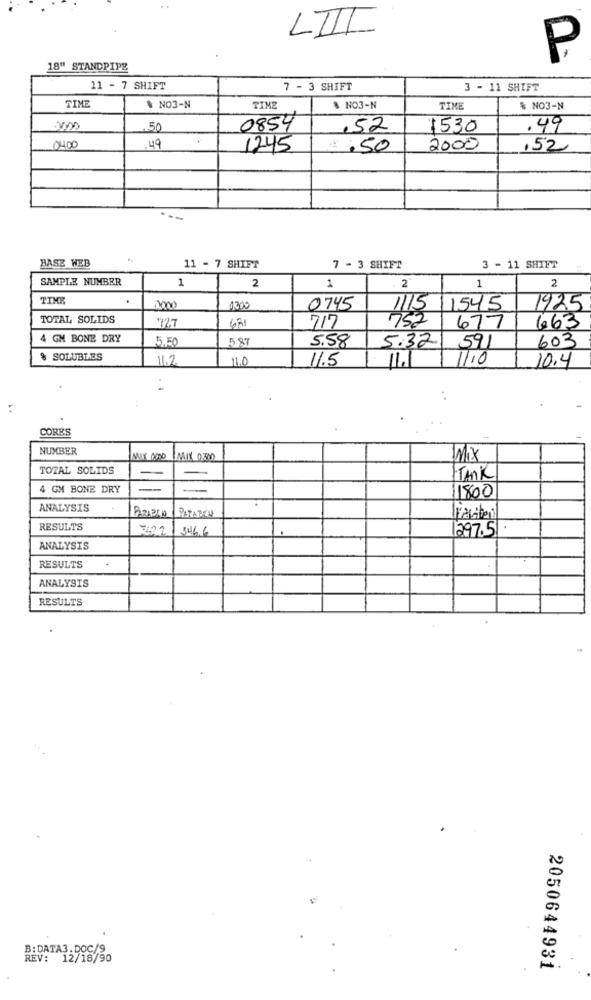
LIII
P
18" STANDPIPE
11 - 7 SHIFT
7 - 3 SHIFT
3 - 11 SHIFT
TIME
$ NO3-N
TIME
$ NO3-N
TIME
% NO3-N
.50
0854
.52
1530
.49
0400
.49
1245
1.50
2000
,52
--
BASE WEB
11 - 7 SHIFT
7 - 3 SHIFT
3 - 11 SHIFT
SAMPLE NUMBER
1
2
1
1
2
. 2
TIME
0000
1300
0745
1115
1545
1925
TOTAL SOLIDS
752
727
681
717
677
663
4 GH BONE DRY
5.50
5.87
5.58
5.32
603
591
$ SOLUBLES
11.2
1.0
11.5
11.1
11.0
10.4
CORES
NUMBER
MIX 000 (MIX 0300
Mix
TOTAL SOLIDS
TANK
4 GN BONE DRY
11800
ANALYSIS
RESULTS
122
346.6
1297.5
ANALYSIS
RESULTS
ANALYSIS
RESULTS
B:DATA3.DOC/9
REV: 12/18/90
2050644931